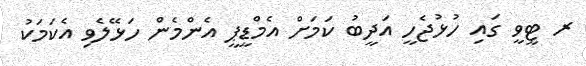
ރ ޓީވީ ގައި ހުޅުޖެހީ އަދީބު ކަމަށް އެމްޑީޕީ އެންމެން ހަޅޭލެވި އެކަމަކު